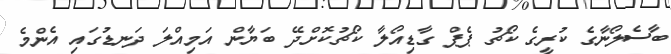
ބާސެލޯނާގެ ކުރީގެ ކޯޗު ޕެޕް ގާޑިއޯލާ ކޯޗުކޮށްދޭ ބަޔާން އަމިއްލަ ދަނޑުގައި އެންމެ